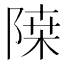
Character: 𲉗